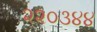
૨૨૦૩૪૪